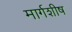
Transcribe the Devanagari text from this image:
मार्गशीष